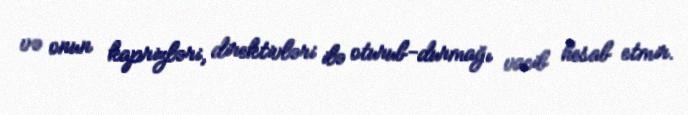
və onun kaprizləri, direktivləri ilə oturub-durmağı vacib hesab etmir.